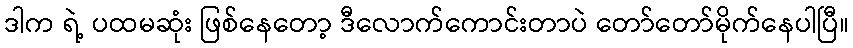
ဒါက ရဲ့ ပထမဆုံး ဖြစ်နေတော့ ဒီလောက်ကောင်းတာပဲ တော်တော်မိုက်နေပါပြီ။